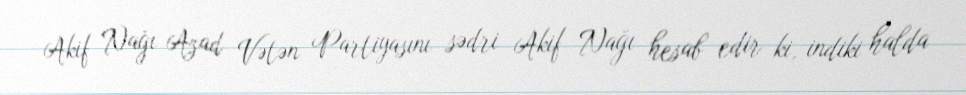
Akif Nağı Azad Vətən Partiyasını sədri Akif Nağı hesab edir ki, indiki halda